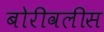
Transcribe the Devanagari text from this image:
बोरीवलीस